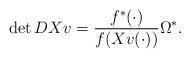
LaTeX: \begin{align*} \det DXv = \frac{f^*(\cdot)}{f(Xv(\cdot))} \Omega^*. \end{align*}